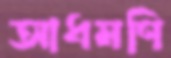
আধমণি